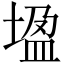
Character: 𡎠